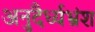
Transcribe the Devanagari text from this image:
अनुदैर्ध्यभ्रंश